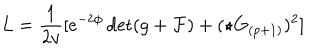
L = { \frac { 1 } { 2 v } } [ e ^ { - 2 \phi } \det ( g + { \cal F } ) + ( \star G _ { ( p + 1 ) } ) ^ { 2 } ]